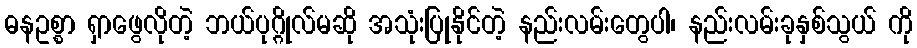
ဓနဥစ္စာ ရှာဖွေလိုတဲ့ ဘယ်ပုဂ္ဂိုလ်မဆို အသုံးပြုနိုင်တဲ့ နည်းလမ်းတွေပါ၊ နည်းလမ်းခုနှစ်သွယ် ကို